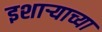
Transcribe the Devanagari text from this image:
इशाऱ्याच्या